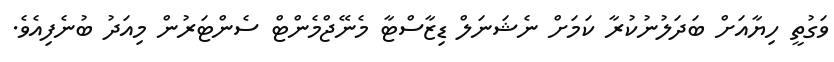
ވަގުތީ ހިޔާއަށް ބަދަލުނުކުރާ ކަމަށް ނެޝަނަލް ޑިޒާސްޓާ މެނޭޖްމެންޓް ސެންޓަރުން މިއަދު ބުނެފިއެވެ.